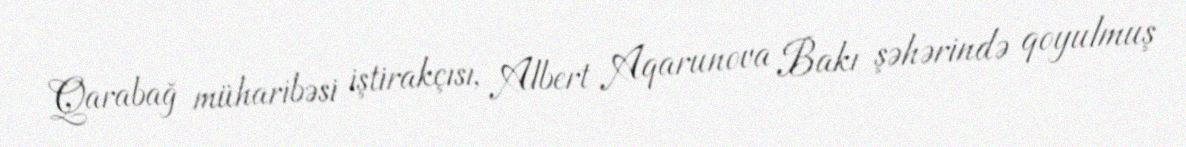
Qarabağ müharibəsi iştirakçısı, Albert Aqarunova Bakı şəhərində qoyulmuş